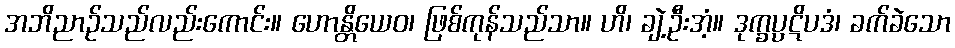
အဘိညာဉ်သည်လည်းကောင်း။ ဟောန္တိယေဝ၊ ဖြစ်ကုန်သည်သာ။ ဟိ၊ ချဲ့ဦးအံ့။ ဒုက္ခပ္ပဋိပဒံ၊ ခက်ခဲသော